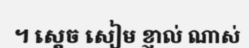
។ ស្តេច សៀម ខ្ញាល់ ណាស់